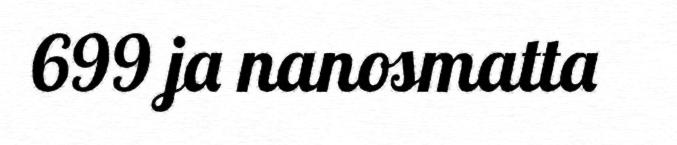
699 ja nanosmatta